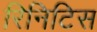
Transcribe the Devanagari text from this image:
रिनिटिस